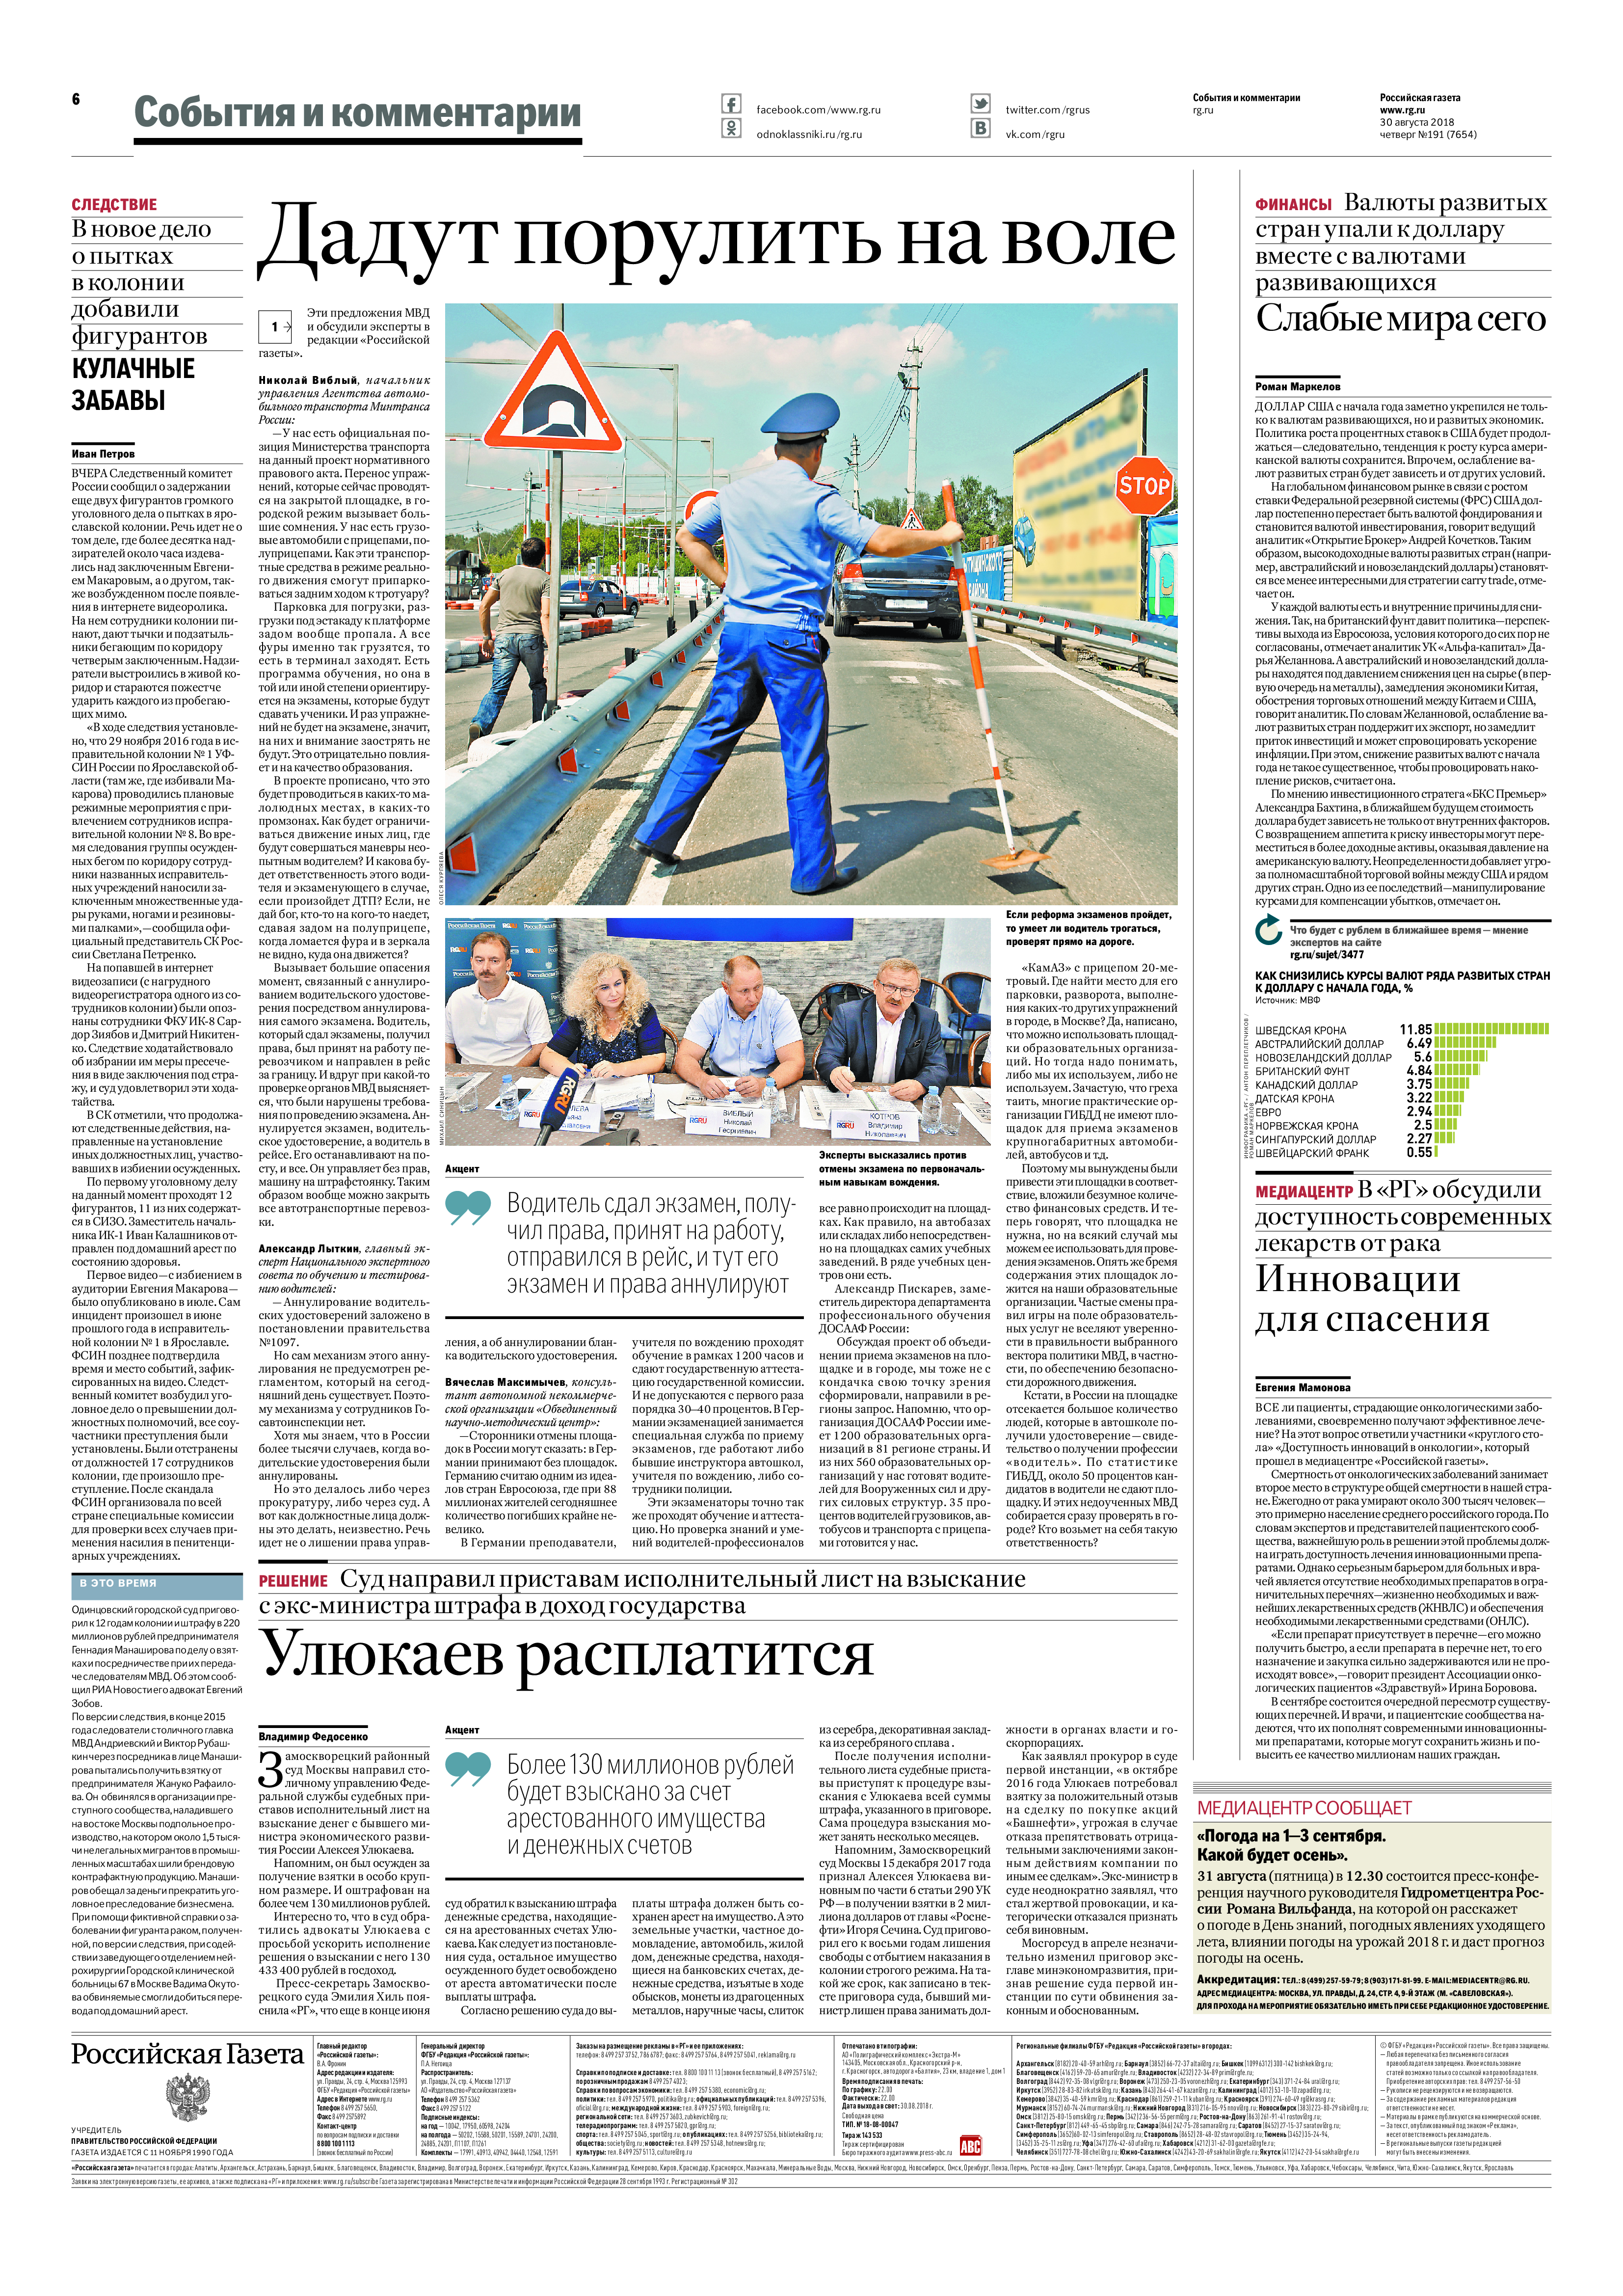
Language: ru